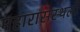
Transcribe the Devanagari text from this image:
महारासस्थली